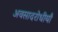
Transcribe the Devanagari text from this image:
अवसादरोधीयाँ